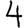
Digit: 4